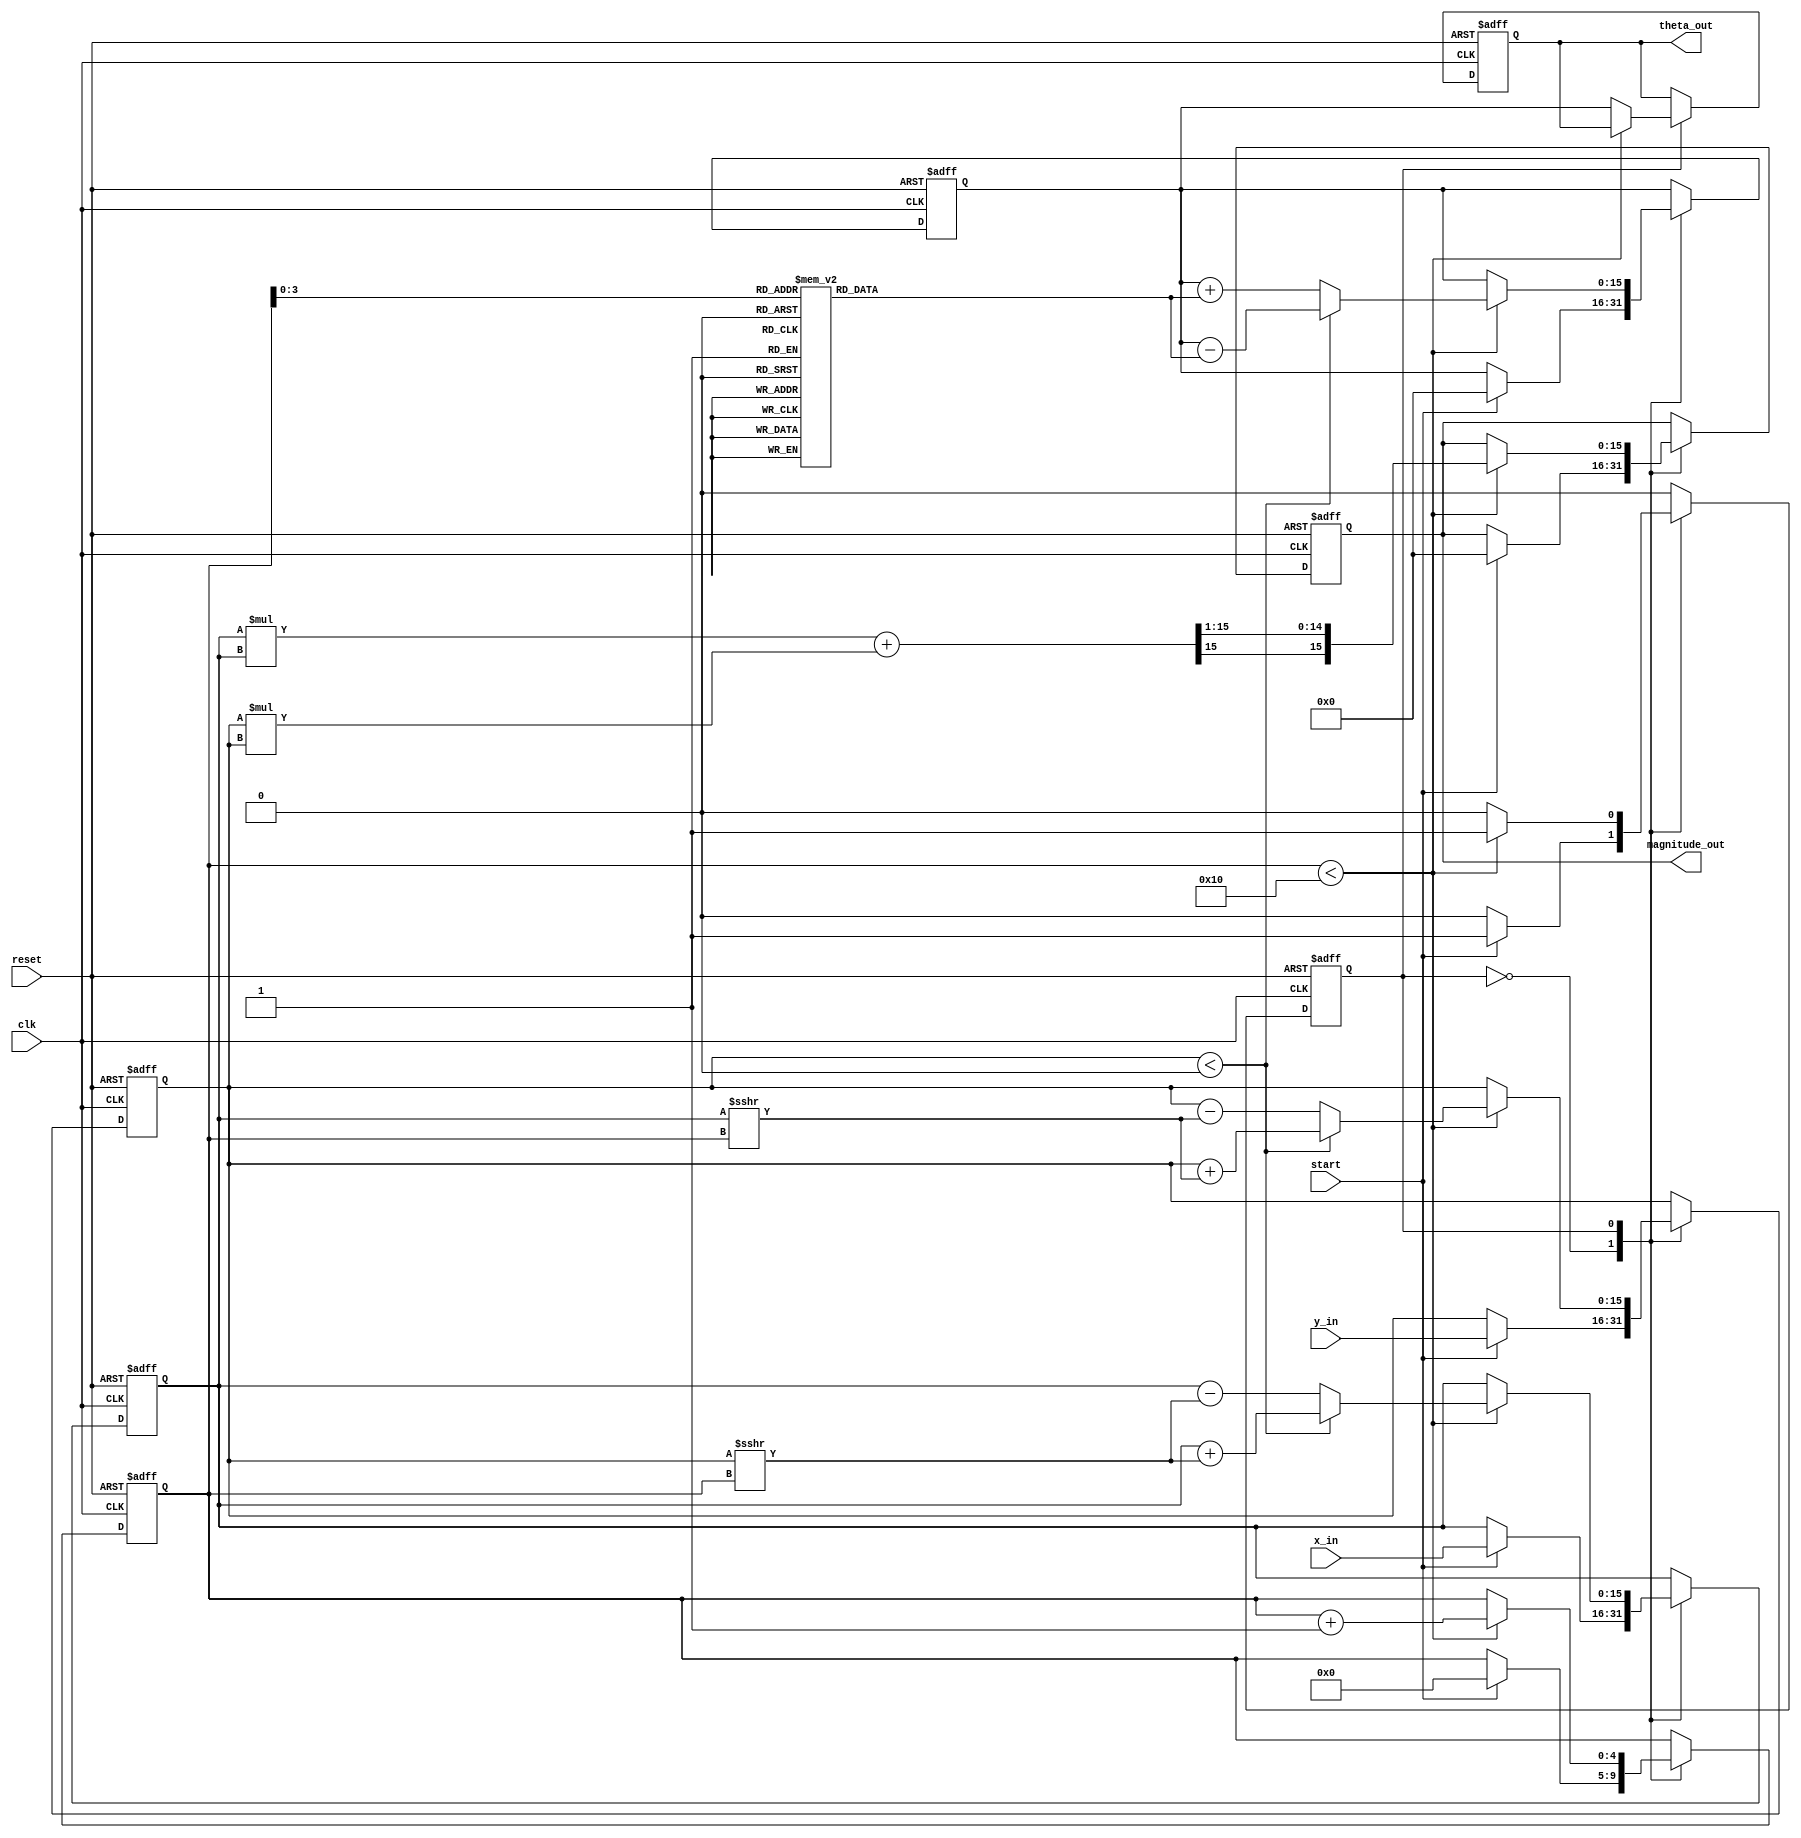
module vectoring_cordic #(
    parameter WIDTH = 16, // Fixed-point width
    parameter ITERATIONS = 16 // Number of iterations
)(
    input signed [WIDTH-1:0] x_in, // Input x-coordinate
    input signed [WIDTH-1:0] y_in, // Input y-coordinate
    input start, // Start signal
    input reset, // Asynchronous reset
    input clk, // Clock signal
    output reg signed [WIDTH-1:0] theta_out, // Output angle
    output reg signed [WIDTH-1:0] magnitude_out // Output magnitude (optional)
);

    // CORDIC constants
    reg signed [WIDTH-1:0] atan_table [0:ITERATIONS-1]; // Arctangent lookup table
    reg signed [WIDTH-1:0] gain = 16'h26DD; // CORDIC gain (1/K)

    // Internal registers
    reg signed [WIDTH-1:0] x, y, z; // x, y, angle
    reg [4:0] iteration_count; // Iteration counter
    reg state; // State variable: 0 for idle, 1 for compute

    initial begin
        // Initialize the atan_table with precomputed arctangent values (fixed-point)
        atan_table[0] = 16'h2000; // atan(2^0)
        atan_table[1] = 16'h1666; // atan(2^-1)
        atan_table[2] = 16'h0C89; // atan(2^-2)
        atan_table[3] = 16'h05A8; // atan(2^-3)
        // Add more values as needed for the number of iterations
        // ...
        atan_table[15] = 16'h00CA; // atan(2^-15)
    end

    // State machine for control logic
    always @(posedge clk or posedge reset) begin
        if (reset) begin
            x <= 0;
            y <= 0;
            z <= 0;
            magnitude_out <= 0;
            theta_out <= 0;
            iteration_count <= 0;
            state <= 0; // idle state
        end else begin
            case (state)
                0: begin // Idle state
                    if (start) begin
                        // Load inputs
                        x <= x_in;
                        y <= y_in;
                        z <= 0; // Initialize angle
                        magnitude_out <= 0; // Reset magnitude
                        iteration_count <= 0;
                        state <= 1; // Move to compute state
                    end
                end

                1: begin // Compute state
                    // CORDIC iteration logic
                    if (iteration_count < ITERATIONS) begin
                        if (y < 0) begin
                            // Perform rotation in counter-clockwise direction
                            x <= x + (y >>> iteration_count);
                            y <= y + (x >>> iteration_count);
                            z <= z - atan_table[iteration_count]; // Subtract angle
                        end else begin
                            // Perform rotation in clockwise direction
                            x <= x - (y >>> iteration_count);
                            y <= y - (x >>> iteration_count);
                            z <= z + atan_table[iteration_count]; // Add angle
                        end

                        // Update magnitude
                        magnitude_out <= (x * x + y * y) >>> 1; // Magnitude squared
                        iteration_count <= iteration_count + 1; // Next iteration
                    end else begin
                        // Done with iterations
                        theta_out <= z; // Output final theta
                        state <= 0; // Go back to idle state
                    end
                end

                default: state <= 0; // Reset to idle on unexpected state
            endcase
        end
    end

endmodule